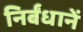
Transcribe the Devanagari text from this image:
निर्बंधानें